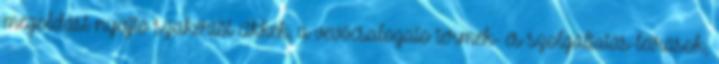
megoldást nyújtó szakértői cikkek, a vevőcsalogató termék- és szolgáltatás-leírások,